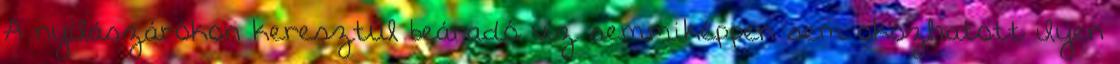
A nyílászárókon keresztül beáradó víz semmiképpen sem okozhatott ilyen